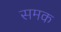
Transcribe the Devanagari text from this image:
समक